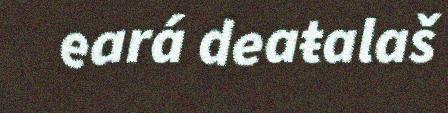
eará deaŧalaš